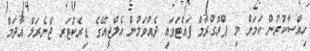
ހިއްސާކުރުން ކަމަށް މި ޕްރޮގްރާމް ފައްޓަވައި ދެއްވަމުން އެލްޖީއޭގެ ޑިރެކްޓަރ ޖެނެރަލް އާދަމް